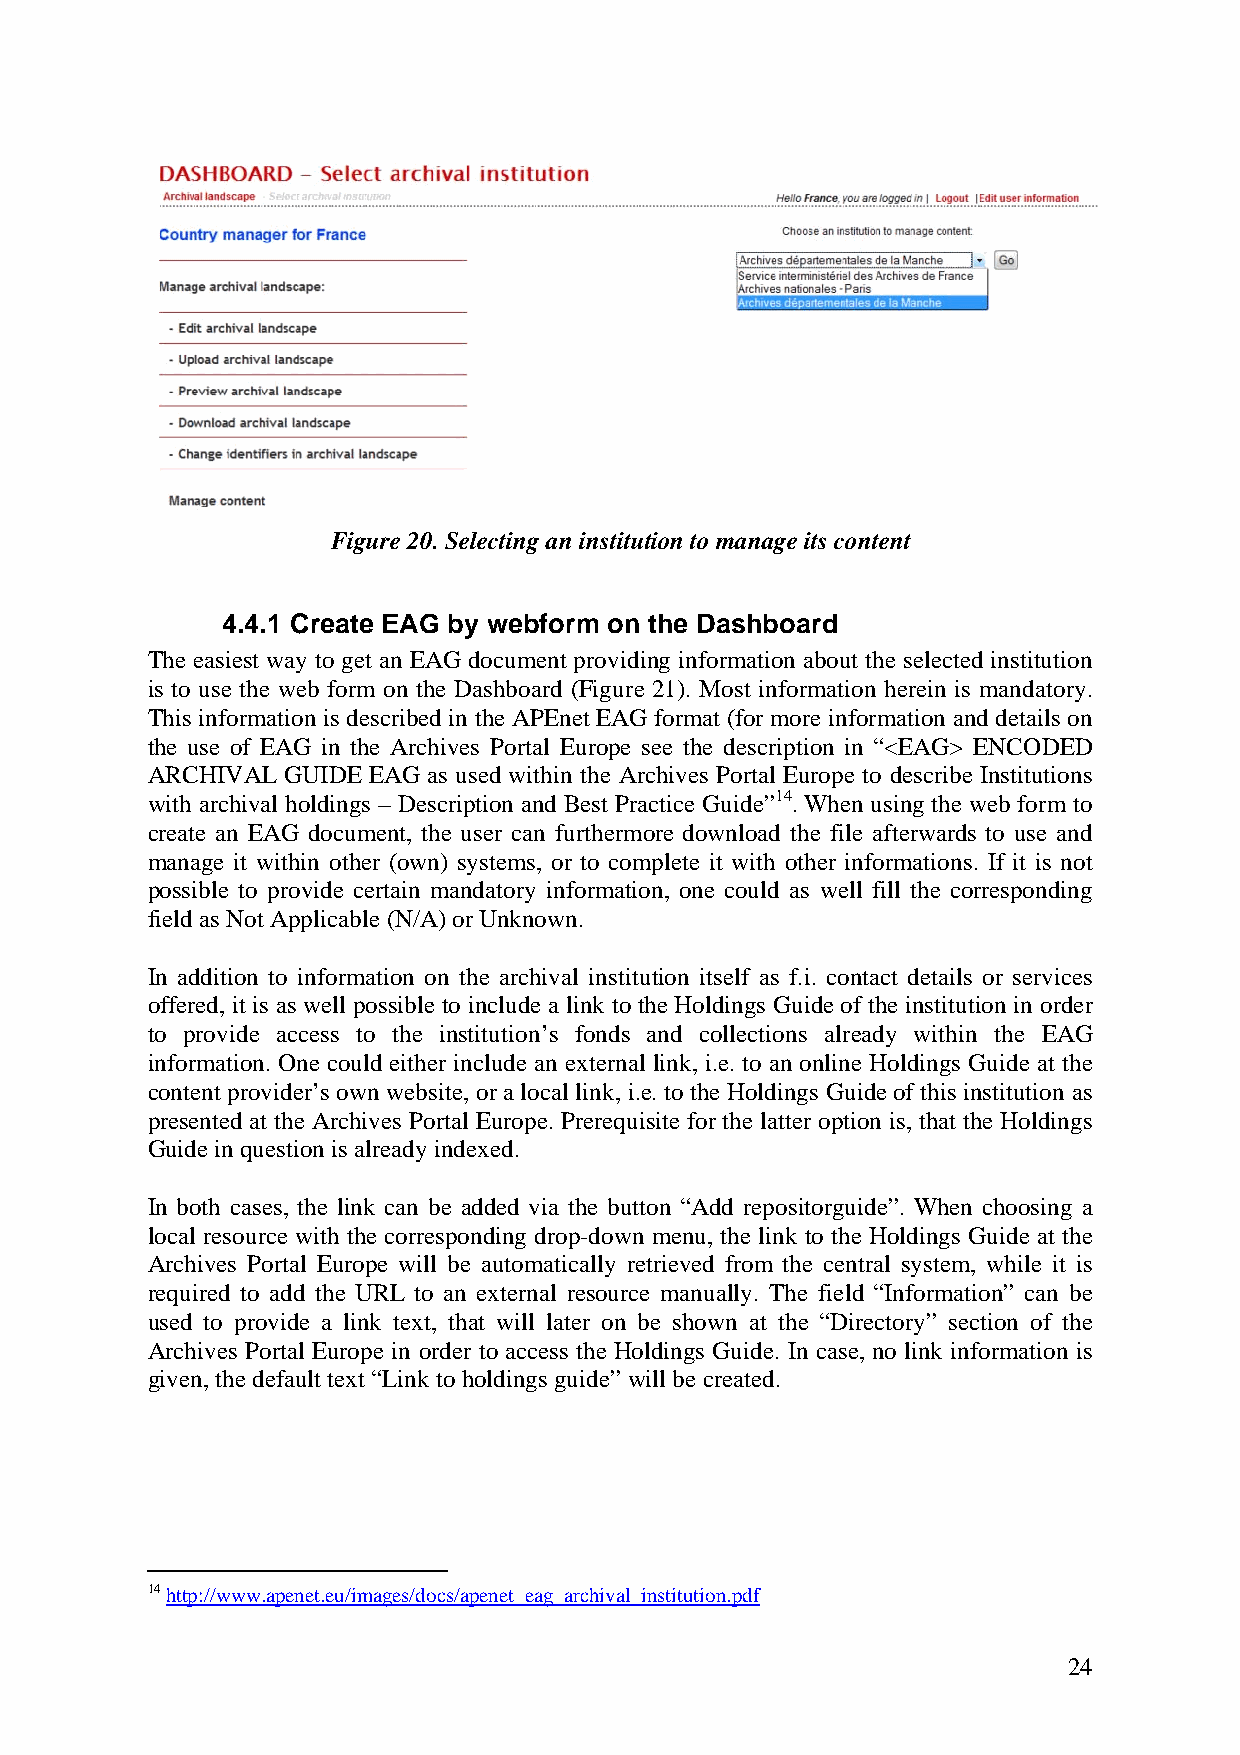
Figure 20. Selecting an institution to manage its content
 4.4.1 Create EAG by webform on the Dashboard
 The easiest way to get an EAG document providing information about the selected institution
 is to use the web form on the Dashboard (Figure 21). Most information herein is mandatory.
 This information is described in the APEnet EAG format (for more information and details on
 the use of EAG in the Archives Portal Europe see the description in “<EAG> ENCODED
 ARCHIVAL GUIDE EAG as used within the Archives Portal Europe to describe Institutions
 with archival holdings – Description and Best Practice Guide”14. When using the web form to
 create an EAG document, the user can furthermore download the file afterwards to use and
 manage it within other (own) systems, or to complete it with other informations. If it is not
 possible to provide certain mandatory information, one could as well fill the corresponding
 field as Not Applicable (N/A) or Unknown.
 In addition to information on the archival institution itself as f.i. contact details or services
 offered, it is as well possible to include a link to the Holdings Guide of the institution in order
 to provide access to the institution’s fonds and collections already within the EAG
 information. One could either include an external link, i.e. to an online Holdings Guide at the
 content provider’s own website, or a local link, i.e. to the Holdings Guide of this institution as
 presented at the Archives Portal Europe. Prerequisite for the latter option is, that the Holdings
 Guide in question is already indexed.
 In both cases, the link can be added via the button “Add repositorguide”. When choosing a
 local resource with the corresponding drop-down menu, the link to the Holdings Guide at the
 Archives Portal Europe will be automatically retrieved from the central system, while it is
 required to add the URL to an external resource manually. The field “Information” can be
 used to provide a link text, that will later on be shown at the “Directory” section of the
 Archives Portal Europe in order to access the Holdings Guide. In case, no link information is
 given, the default text “Link to holdings guide” will be created.
 14 http://www.apenet.eu/images/docs/apenet_eag_archival_institution.pdf
 24